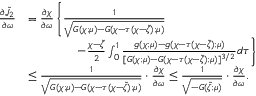
\begin{array} { r l } { \frac { \partial \tilde { \mathcal J } _ { 2 } } { \partial \omega } } & { = \frac { \partial \chi } { \partial \omega } \left\{ \frac { 1 } { \sqrt { G ( \chi ; \mu ) - G ( \chi - \tau ( \chi - \tilde { \zeta } ) ; \mu ) } } \right. } \\ & { \qquad \qquad \left. - \frac { \chi - \tilde { \zeta } } { 2 } \int _ { 0 } ^ { 1 } \frac { g ( \chi ; \mu ) - g ( \chi - \tau ( \chi - \tilde { \zeta } ) ; \mu ) } { [ G ( \chi ; \mu ) - G ( \chi - \tau ( \chi - \tilde { \zeta } ) ; \mu ) ] ^ { 3 / 2 } } d \tau \right\} } \\ & { \leq \frac { 1 } { \sqrt { G ( \chi ; \mu ) - G ( \chi - \tau ( \chi - \tilde { \zeta } ) ; \mu ) } } \cdot \frac { \partial \chi } { \partial \omega } \leq \frac { 1 } { \sqrt { - G ( \tilde { \zeta } ; \mu ) } } \cdot \frac { \partial \chi } { \partial \omega } . } \end{array}